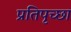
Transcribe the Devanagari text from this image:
प्रतिपृच्छा